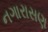
નગારાસણ